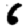
Digit: 6